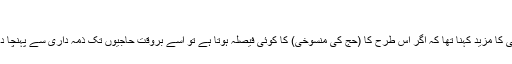
‘
نواف المالکی کا مزید کہنا تھا کہ اگر اس طرح کا (حج کی منسوخی) کا کوئی فیصلہ ہوتا ہے تو اسے بروقت حاجیوں تک ذمہ داری سے پہنچا دیا جائے گا۔